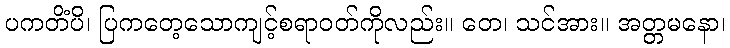
ပကတိံပိ၊ ပြကတေ့သောကျင့်စရာဝတ်ကိုလည်း။ တေ၊ သင်အား။ အတ္တမနော၊